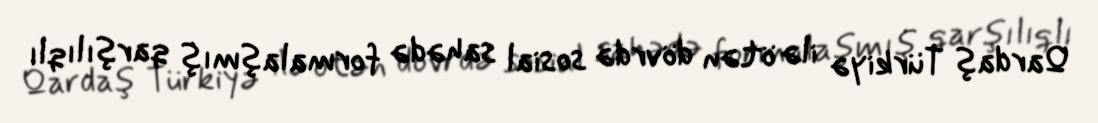
Qardaş Türkiyə ilə ötən dövrdə sosial sahədə formalaşmış qarşılıqlı